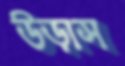
উড়াস